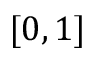
[ 0 , 1 ]